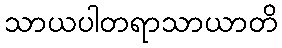
သာယပါတရာသာယာတိ